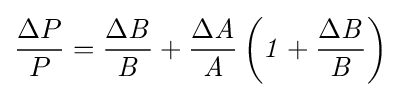
{\frac {\Delta P}{P}}={\frac {\Delta {\mathit {B}}}{\mathit {B}}}+{\frac {\Delta {\mathit {A}}}{\mathit {A}}}\left({\mathit {1}}+{\frac {\Delta {\mathit {B}}}{\mathit {B}}}\right)